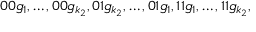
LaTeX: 0 0 g _ { 1 } , \ldots , 0 0 g _ { k _ { 2 } } , 0 1 g _ { k _ { 2 } } , \ldots , 0 1 g _ { 1 } , 1 1 g _ { 1 } , \ldots , 1 1 g _ { k _ { 2 } } ,